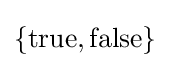
\{\mathrm {true,false} \}